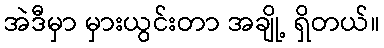
အဲဒီမှာ မှားယွင်းတာ အချို့ ရှိတယ်။